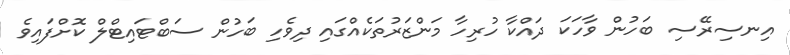
އިނސިރޭސި ބަހުން ވާހަކަ ދައްކާ ހުރިހާ މަންޒަރުތަކެއްގައި ދިވެހި ބަހުން ސަބްޓައިޓްލް ކޮށްފައިވެ